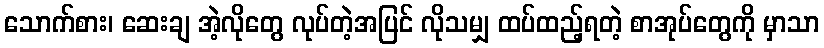
သောက်စား၊ ဆေးချ အဲ့လိုတွေ လုပ်တဲ့အပြင် လိုသမျှ ထပ်ထည့်ရတဲ့ စာအုပ်တွေကို မှာသာ